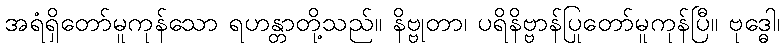
အရံရှိတော်မူကုန်သော ရဟန္တာတို့သည်။ နိဗ္ဗုတာ၊ ပရိနိဗ္ဗာန်ပြုတော်မူကုန်ပြီ။ ဗုဒ္ဓေါ၊